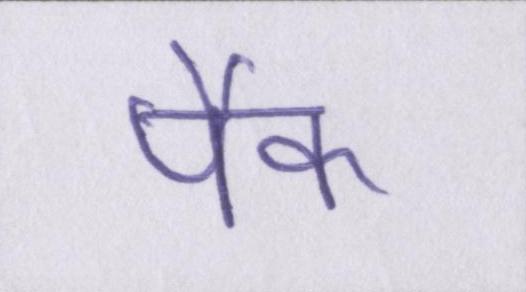
पैक